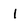
Character: 1